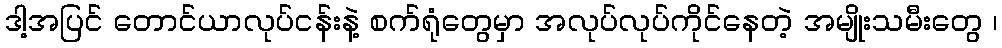
ဒါ့အပြင် တောင်ယာလုပ်ငန်းနဲ့ စက်ရုံတွေမှာ အလုပ်လုပ်ကိုင်နေတဲ့ အမျိုးသမီးတွေ ၊